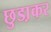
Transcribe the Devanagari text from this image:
छुडा़कर